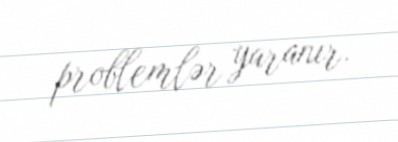
problemlər yaranır.